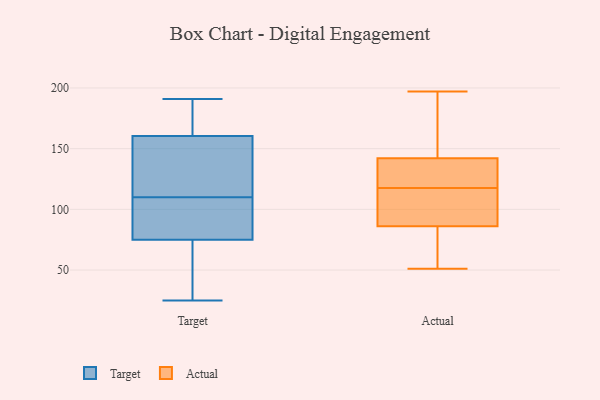
{"axis": {"x": "Market Share (%)", "y": "Value"}, "legend": ["Actual", "Target"], "data": [{"x": "", "y": 106, "type": "Target"}, {"x": "", "y": 158, "type": "Target"}, {"x": "", "y": 114, "type": "Target"}, {"x": "", "y": 34, "type": "Target"}, {"x": "", "y": 25, "type": "Target"}, {"x": "", "y": 105, "type": "Target"}, {"x": "", "y": 185, "type": "Target"}, {"x": "", "y": 151, "type": "Target"}, {"x": "", "y": 32, "type": "Target"}, {"x": "", "y": 163, "type": "Target"}, {"x": "", "y": 151, "type": "Target"}, {"x": "", "y": 191, "type": "Target"}, {"x": "", "y": 63, "type": "Target"}, {"x": "", "y": 171, "type": "Target"}, {"x": "", "y": 100, "type": "Target"}, {"x": "", "y": 87, "type": "Target"}, {"x": "", "y": 125, "type": "Actual"}, {"x": "", "y": 110, "type": "Actual"}, {"x": "", "y": 51, "type": "Actual"}, {"x": "", "y": 86, "type": "Actual"}, {"x": "", "y": 53, "type": "Actual"}, {"x": "", "y": 140, "type": "Actual"}, {"x": "", "y": 197, "type": "Actual"}, {"x": "", "y": 102, "type": "Actual"}, {"x": "", "y": 150, "type": "Actual"}, {"x": "", "y": 142, "type": "Actual"}]}